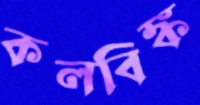
কলবিঙ্ক